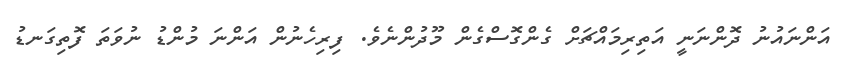
އަންނައުނު ދޮންނަނީ އަތިރިމައްޗަށް ގެންގޮސްގެން މޫދުންނެވެ. ފިރިހެނުން އަންނަ މުންޑު ނުވަތަ ފޮތިގަނޑު